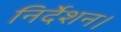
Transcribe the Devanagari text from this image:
निर्देशन।